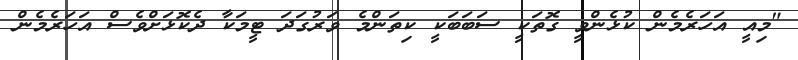
"މިއީ އަހަރެމެން ކުޅެންވީ ގޮތަކީ ސަބަބަކީ ކިތަންމެ ވަރުގަދަ ޓީމަކާ ދެކޮޅަށްވެސް އަހަރެމެން